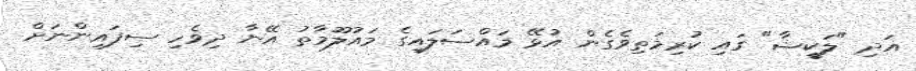
އަދި "ލަކީޝާ" ގައި ކުރިމަތިވެގެން އުޅޭ މައްސަލައިގެ މައުލޫމާތު އޭނާ ދިވެހި ސިފައިންނަށް